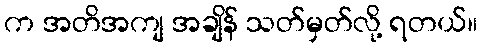
က အတိအကျ အချိန် သတ်မှတ်လို့ ရတယ်။